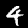
Label: 4